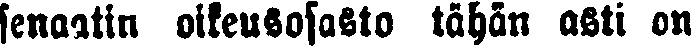
senaatin oikeusosasto tähän asti on